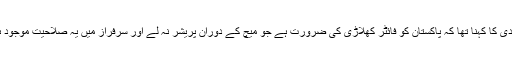
آفریدی کا کہنا تھا کہ پاکستان کو فائٹر کھلاڑی کی ضرورت ہے جو میچ کے دوران پریشر نہ لے اور سرفراز میں یہ صلاحیت موجود ہے۔